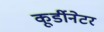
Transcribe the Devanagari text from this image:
कूर्डीनेटर